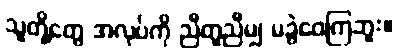
သူတို့တွေ အလုပ်ကို ညီတူညီမျှ မခွဲဝေကြဘူး။